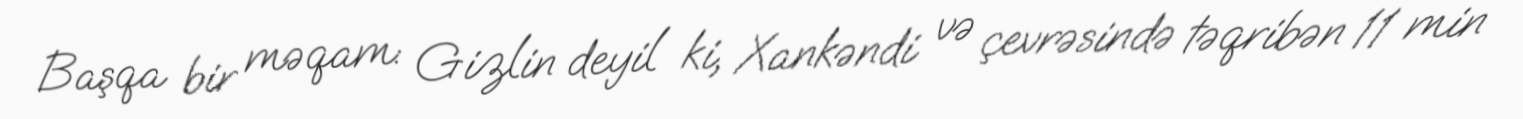
Başqa bir məqam: Gizlin deyil ki, Xankəndi və çevrəsində təqribən 11 min